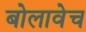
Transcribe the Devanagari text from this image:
बोलावेच